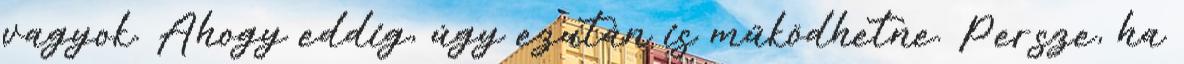
vagyok. Ahogy eddig, úgy ezután is működhetne. Persze, ha